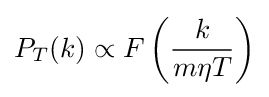
P_{T}(k)\propto F\left({\frac {k}{m\eta T}}\right)